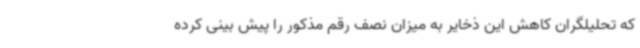
که تحلیلگران کاهش این ذخایر به میزان نصف رقم مذکور را پیش بینی کرده